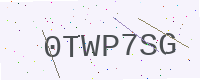
Text: 0TWP7SG